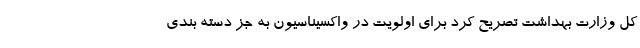
کل وزارت بهداشت تصریح کرد برای اولویت در واکسیناسیون به جز دسته بندی